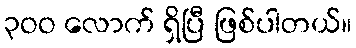
၃ဝဝ လောက် ရှိပြီ ဖြစ်ပါတယ်။